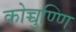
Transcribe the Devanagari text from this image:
कोच्चुण्णि